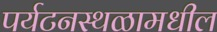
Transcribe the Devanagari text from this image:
पर्यटनस्थळामधील